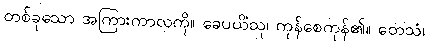
တစ်ခုသော အကြားကာလကို။ ခေပယိံသု၊ ကုန်စေကုန်၏။ တေသံ၊